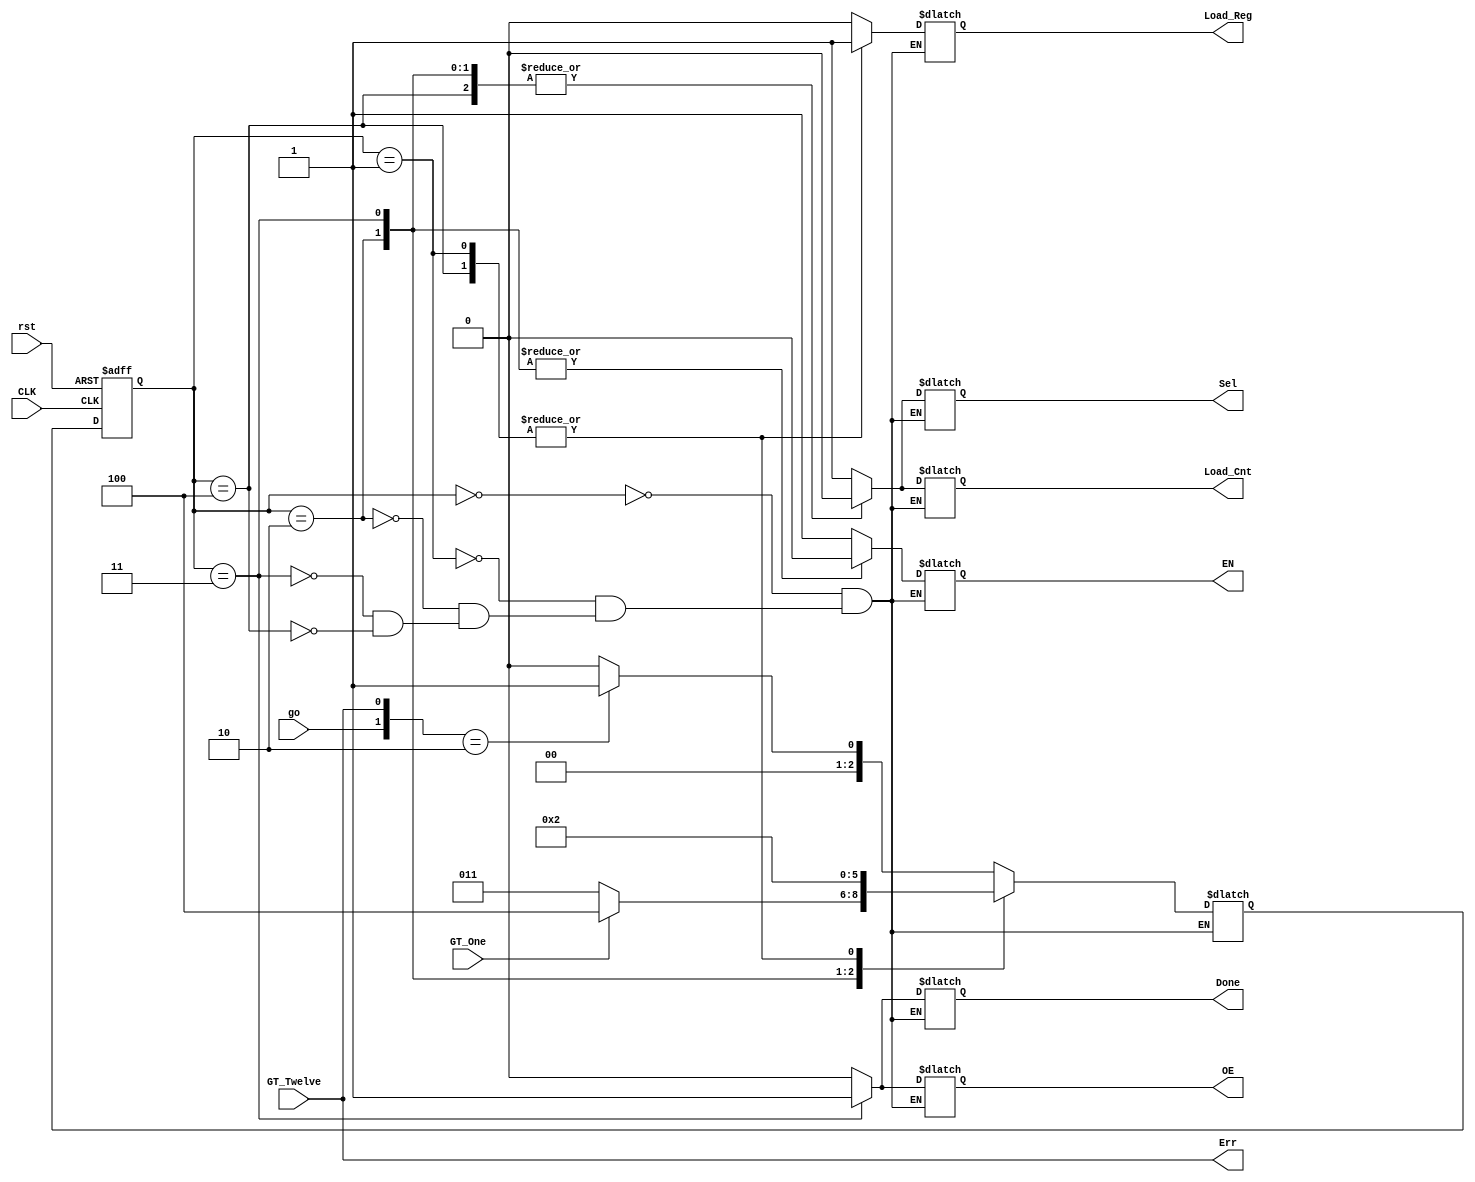
`timescale 1ns / 1ps

module Factorial_CU(
        input go, CLK, rst,
        input GT_One, GT_Twelve,
        output reg Sel, Load_Reg, Load_Cnt, OE, EN,
        output Done, Err
    );
    
    reg [2:0] CS = 0, NS;
    reg CU_Err = 0, CU_Done = 0;
    
    assign Err = GT_Twelve;
    assign Done = CU_Done;
    
    parameter 
    S0 = 3'd0,
    S1 = 3'd1, 
    S2 = 3'd2,
    S3 = 3'd3,
    S4 = 3'd4;
    
    always @(posedge CLK, posedge rst)
    begin
        if(rst) CS <= S0;
        else CS <= NS;
    end
    
    always @ (CS, go)
    begin
        case (CS)
            S0: 
            case ({go, GT_Twelve})
                2'b11: {NS, CU_Err} <= {S0, 1'b1};
                2'b10: {NS, CU_Err} <= {S1, 1'b0};
                //2'b0?:  {NS, CU_Err} <= {S0,1'b0};
                default: NS = S0;
            endcase
            S1: NS <= S2;
            S2: NS <= GT_One ? S4 : S3;
            S3: NS <= S0;
            S4: NS <= S2;
        endcase
    end
    
    //always @ (posedge CLK)
    //    CS = NS;
        
    always @ (CS)
    begin
        case (CS)
            S0: {Sel, Load_Reg, Load_Cnt, OE, EN, CU_Done} <= 6'b101010;
            S1: {Sel, Load_Reg, Load_Cnt, OE, EN, CU_Done} <= 6'b111010;
            S2: {Sel, Load_Reg, Load_Cnt, OE, EN, CU_Done} <= 6'b000000;
            S3: {Sel, Load_Reg, Load_Cnt, OE, EN, CU_Done} <= 6'b000101;
            S4: {Sel, Load_Reg, Load_Cnt, OE, EN, CU_Done} <= 6'b010010;
        endcase
    end
endmodule